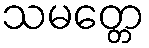
သမတ္တေ